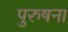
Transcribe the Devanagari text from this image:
पुरुषना